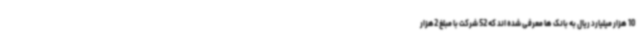
10 هزار میلیارد ریال به بانک ها معرفی شده اند که 52 شرکت با مبلغ 2هزار